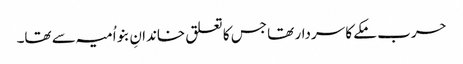
حرب مکے کا سردار تھا جس کا تعلق خاندانِ بنو اُمیہ سے تھا۔